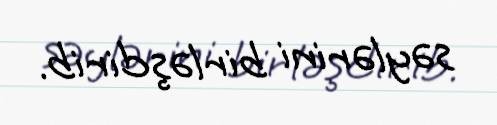
səylərini birləşdirib.